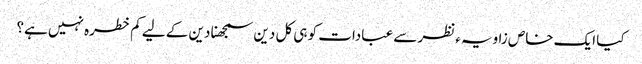
کیا ایک خاص زاویہء نظر سے عبادات کو ہی کل دین سمجھنا دین کے لیے کم خطرہ نہیں ہے؟